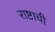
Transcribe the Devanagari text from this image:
राष्टाची